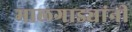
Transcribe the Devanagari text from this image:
मालगाड्यांनी